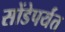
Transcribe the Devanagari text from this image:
सोंडेपर्यंत